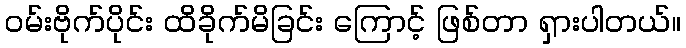
ဝမ်းဗိုက်ပိုင်း ထိခိုက်မိခြင်း ကြောင့် ဖြစ်တာ ရှားပါတယ်။